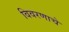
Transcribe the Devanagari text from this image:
विवरणाचे